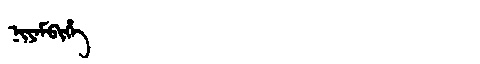
Manchu: ᠨᡳᠶᠠᠮᠪᡳᡥᡝ
Romanization: NIYAMBIHE